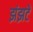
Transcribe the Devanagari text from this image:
झंझटें